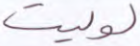
لوليت